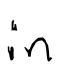
Text: in
Cross-out: clean
Writing tool: digital_black